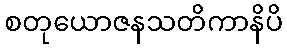
စတုယောဇနသတိကာနိပိ